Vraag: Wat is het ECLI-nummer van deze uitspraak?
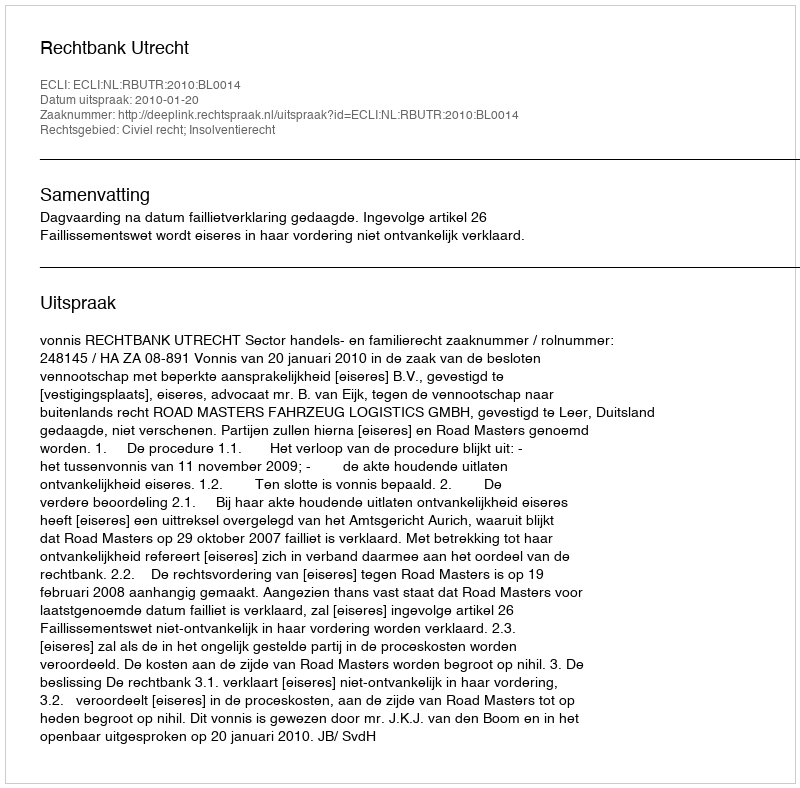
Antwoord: ECLI:NL:RBUTR:2010:BL0014